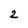
Character: 2